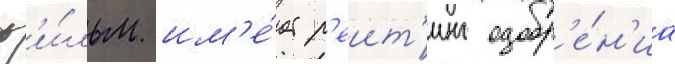
ф'и́льм им'е́ет р'еит'инг одобр'е́н'иа